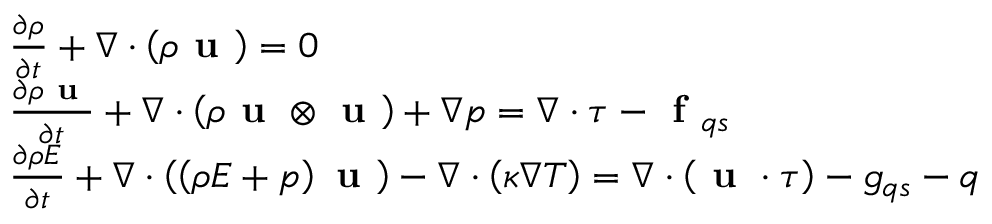
\begin{array} { r l } & { \frac { \partial \rho } { \partial t } + \nabla \cdot \left( \rho \textbf { u } \right) = 0 } \\ & { \frac { \partial \rho \textbf { u } } { \partial t } + \nabla \cdot \left( \rho \textbf { u } \otimes \textbf { u } \right) + \nabla p = \nabla \cdot \boldsymbol { \tau } - \textbf { f } _ { q s } } \\ & { \frac { \partial \rho E } { \partial t } + \nabla \cdot \left( \left( \rho E + p \right) \textbf { u } \right) - \nabla \cdot \left( \kappa \nabla T \right) = \nabla \cdot \left( \textbf { u } \cdot \boldsymbol { \tau } \right) - g _ { q s } - q } \end{array}